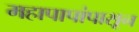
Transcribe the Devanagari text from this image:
महापापांपासून